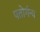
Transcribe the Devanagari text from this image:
पतोर्गन्य